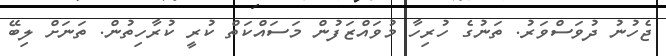
ޖެހުނު ދުވަސްވަރު. ތަނުގެ ހުރިހާ މުވައްޒަފުން މަސައްކަތް ކުރީ ކުރާހިތުން. ތަނަށް ލިބޭ